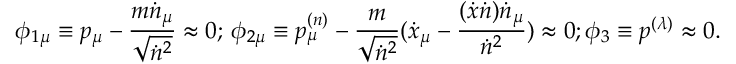
\phi _ { 1 \mu } \equiv p _ { \mu } - { \frac { m \dot { n } _ { \mu } } { \sqrt { \dot { n } ^ { 2 } } } } \approx 0 ; \, \nonumber \phi _ { 2 \mu } \equiv p _ { \mu } ^ { ( n ) } - { \frac { m } { \sqrt { \dot { n } ^ { 2 } } } } ( { \dot { x } } _ { \mu } - { \frac { ( \dot { x } \dot { n } ) { \dot { n } } _ { \mu } } { { \dot { n } } ^ { 2 } } } ) \approx 0 ; \phi _ { 3 } \equiv p ^ { ( \lambda ) } \approx 0 .